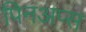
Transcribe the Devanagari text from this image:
पिनअप्स